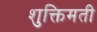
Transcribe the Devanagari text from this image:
शुक्तिमती